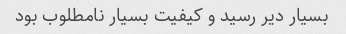
بسیار دیر رسید و کیفیت بسیار نامطلوب بود